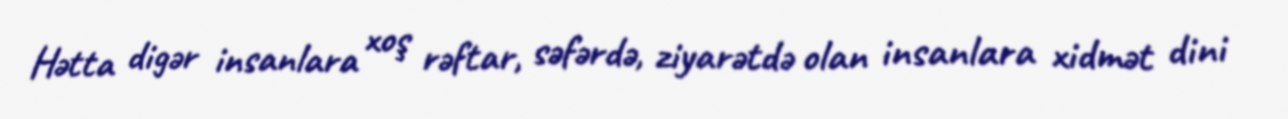
Hətta digər insanlara xoş rəftar, səfərdə, ziyarətdə olan insanlara xidmət dini